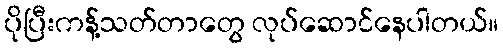
ပိုပြီးကန့်သတ်တာတွေ လုပ်ဆောင်နေပါတယ်။